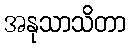
အနုသာသိတာ